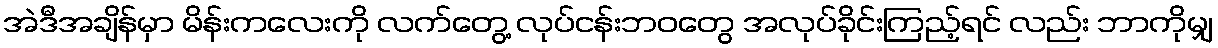
အဲဒီအချိန်မှာ မိန်းကလေးကို လက်တွေ့ လုပ်ငန်းဘဝတွေ အလုပ်ခိုင်းကြည့်ရင် လည်း ဘာကိုမျှ